Lunatic asylums Madras 1892-1911 - 1892-1911
Year: 1892
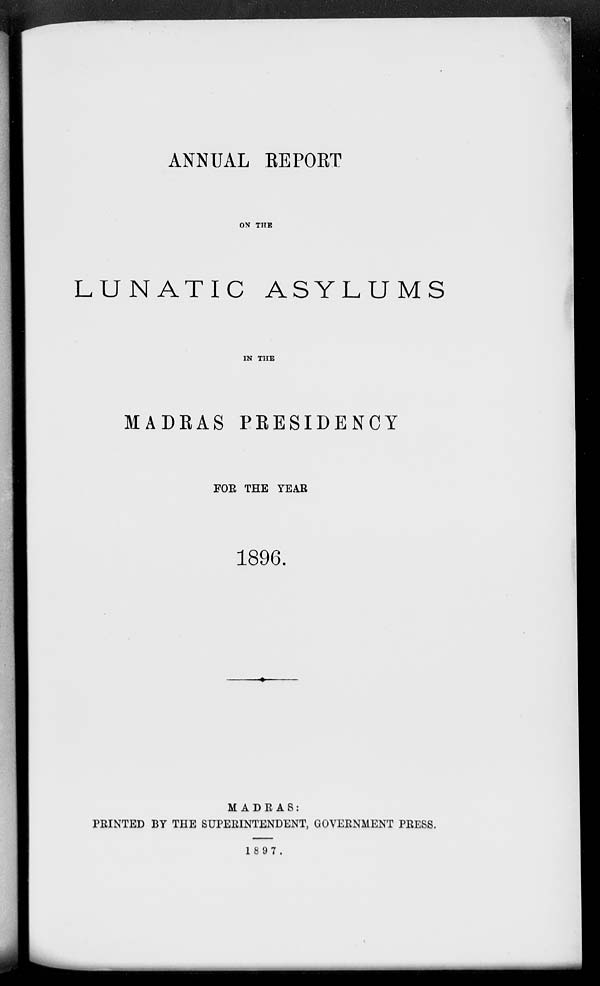
ANNUAL REPORT
ON THE
LUNATIC ASYLUMS
IN THE
MADRAS PRESIDENCY
FOE THE YEAR
1896.
MADRAS:
PRINTED BY THE SUPERINTENDENT, GOVERNMENT PRESS.
1897.